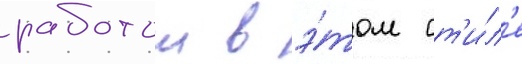
работои в э́том ст'и́л'е